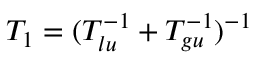
T _ { 1 } = ( T _ { l u } ^ { - 1 } + T _ { g u } ^ { - 1 } ) ^ { - 1 }